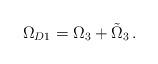
LaTeX: \begin{align*}\Omega_{D1} = \Omega_3 + \tilde\Omega_3\,.\end{align*}